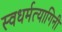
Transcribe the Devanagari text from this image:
स्वधर्मत्यागिनी